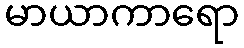
မာယာကာရော